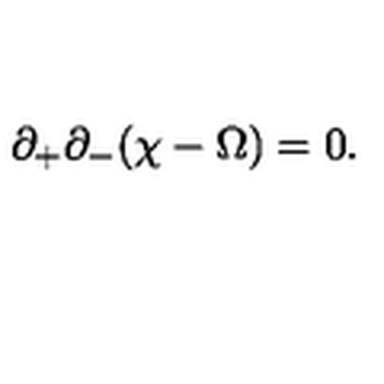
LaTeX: \partial _ { + } \partial _ { - } ( \chi - \Omega ) = 0 .